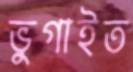
ভুগাইত